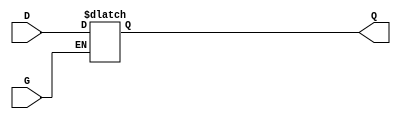
module GatedTransparentLatch (
    input wire D,  // Data Input
    input wire G,  // Gate/Control Input
    output reg Q   // Output
);

// Always block triggered by changes in G or D
always @(*) begin
    if (G) begin
        Q = D;  // When G is high, output follows the input
    end else begin
        // When G is low, Q holds its previous value
        // Do nothing here, as Q retains its last value
    end
end

endmodule